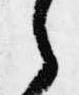
之